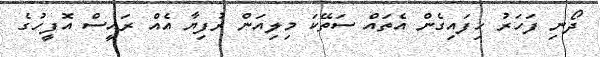
ދޯނި ފަހަރު ހިފައިގެން އެތައް ސަތޭކަ މިލިއަން ރުފިޔާ އެއް ރައީސް އޮފީހުގެ